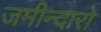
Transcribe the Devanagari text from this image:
जमीन्दारो